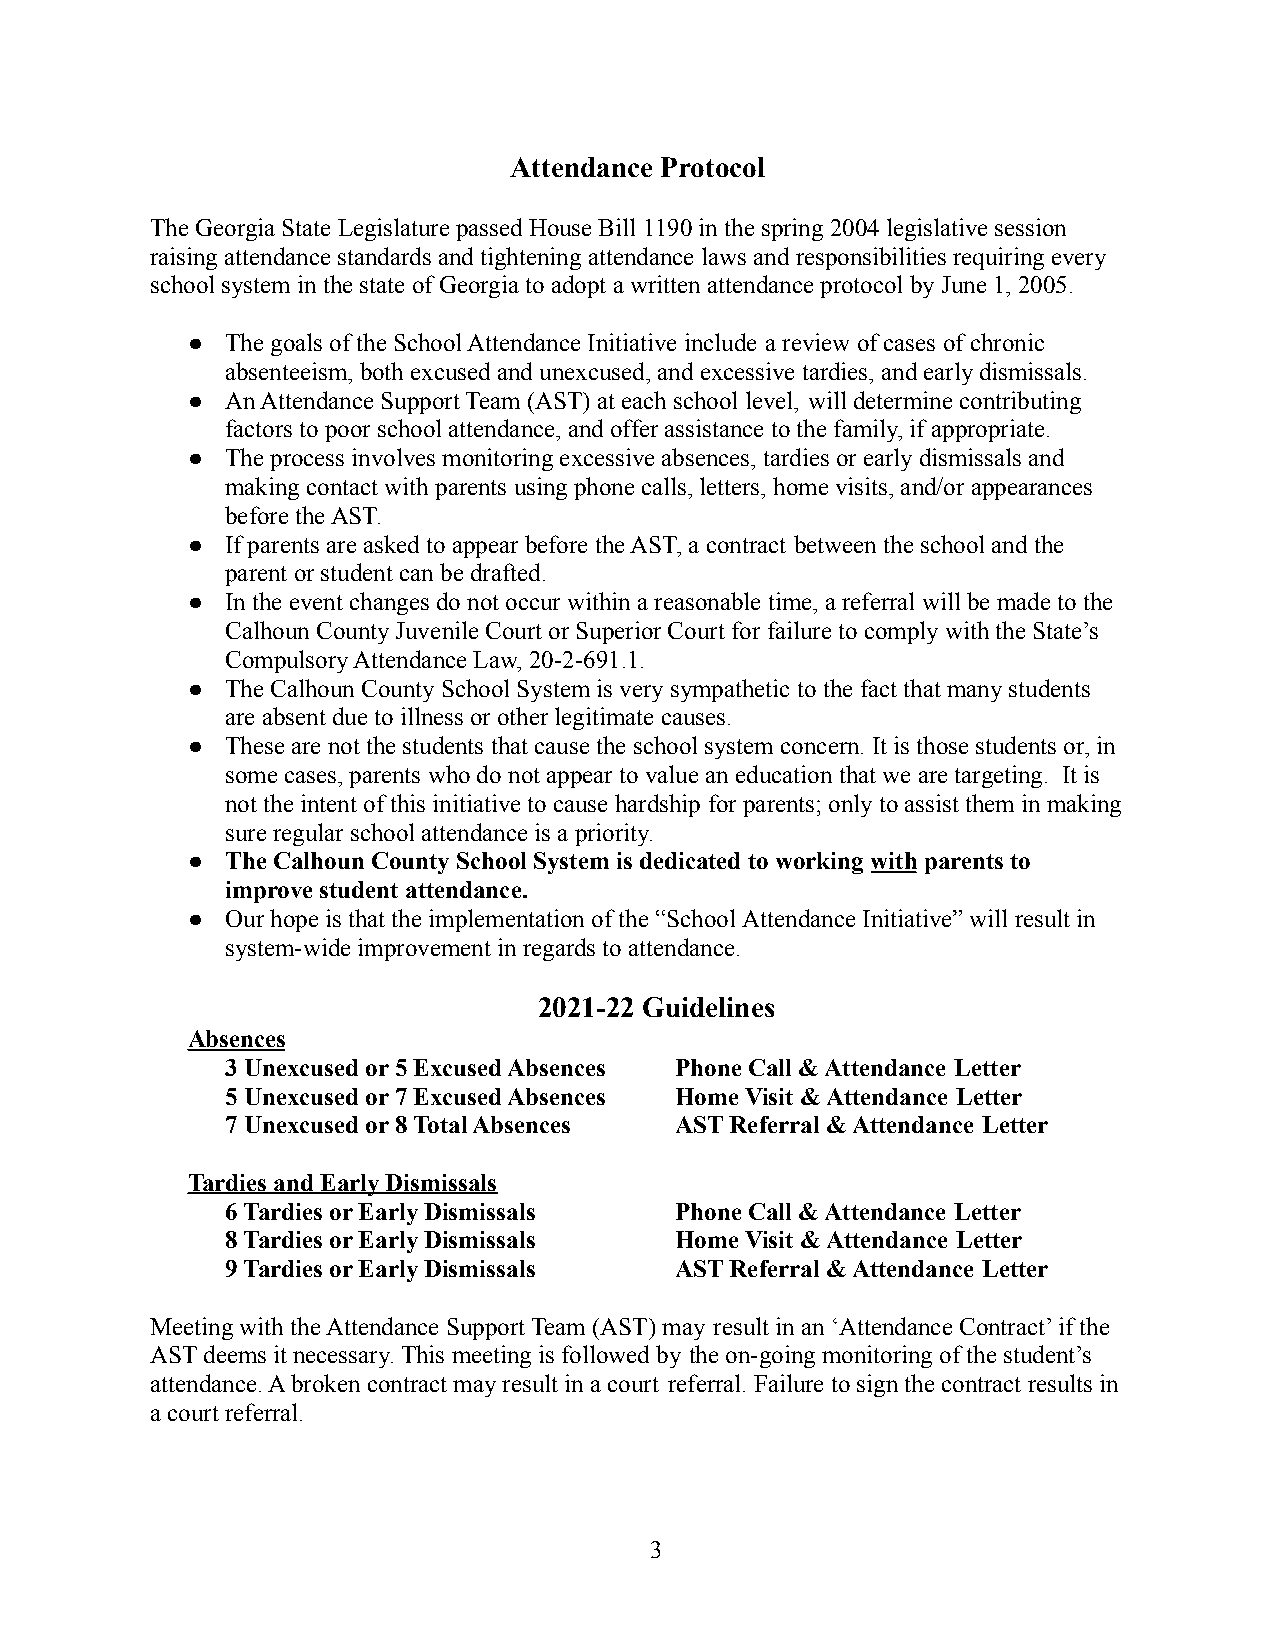
Attendance Protocol
 The Georgia State Legislature passed House Bill 1190in the spring 2004 legislative session
 raising attendance standards and tightening attendancelaws and responsibilities requiring every
 school system in the state of Georgia to adopt a written attendance protocol by June 1, 2005.
 ●  The goals of the School Attendance Initiative include a review of cases of chronic
 absenteeism, both excused and unexcused, and excessive tardies, and early dismissals.
 ●  An Attendance Support Team (AST) at each school level, will determine contributing
 factors to poor school attendance, and offer assistanceto the family, if appropriate.
 ●  The process involves monitoring excessive absences,tardies or early dismissals and
 making contact with parents using phone calls, letters, home visits, and/or appearances
 before the AST.
 ●  If parents are asked to appear before the AST, a contract between the school and the
 parent or student can be drafted.
 ●  In the event changes do not occur within a reasonable time, a referral will be made to the
 Calhoun County Juvenile Court or Superior Court forfailure to comply with the State’s
 Compulsory Attendance Law, 20-2-691.1.
 ●  The Calhoun County School System is very sympatheticto the fact that many students
 are absent due to illness or other legitimate causes.
 ●  These are not the students that cause the school system concern. It is those students or, in
 some cases, parents who do not appear to value aneducation that we are targeting. It is
 not the intent of this initiative to cause hardship for parents; only to assist them in making
 sure regular school attendance is a priority.
 ●  The Calhoun County School System is dedicated to workingwith parents to
 improve student attendance.
 ●  Our hope is that the implementation of the “SchoolAttendance Initiative” will result in
 system-wide improvement in regards to attendance.
 2021-22 Guidelines
 Absences
 3 Unexcused or 5 Excused Absences Phone Call & Attendance Letter
 5 Unexcused or 7 Excused Absences Home Visit & Attendance Letter
 7 Unexcused or 8 Total Absences AST Referral & Attendance Letter
 Tardies and Early Dismissals
 6 Tardies or Early Dismissals Phone Call & Attendance Letter
 8 Tardies or Early Dismissals Home Visit & Attendance Letter
 9 Tardies or Early Dismissals AST Referral & Attendance Letter
 Meeting with the Attendance Support Team (AST) may result in an ‘Attendance Contract’ if the
 AST deems it necessary. This meeting is followed by the on-going monitoring of the student’s
 attendance. A broken contract may result in a court referral. Failure to sign the contract results in
 a court referral.
 3